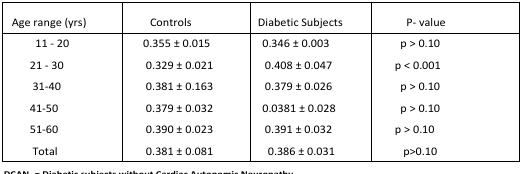
<table><thead><tr><td><b>Age range (yrs)</b></td><td><b>Controls</b></td><td><b>Diabetic Subjects</b></td><td><b>P-value</b></td></tr></thead><tbody><tr><td>11 –20</td><td>0.355 ± 0.015</td><td>0.346 ± 0.003</td><td>p &gt; 0.10</td></tr><tr><td>21 –30</td><td>0.329 ± 0.021</td><td>0.408 ± 0.047</td><td>p &lt; 0.001</td></tr><tr><td>31–40</td><td>0.381 ± 0.163</td><td>0.379 ± 0.026</td><td>p &gt; 0.10</td></tr><tr><td>41–50</td><td>0.379 ± 0.032</td><td>0.0381 ± 0.028</td><td>p &gt; 0.10</td></tr><tr><td>51–60</td><td>0.390 ± 0.023</td><td>0.391 ± 0.032</td><td>p &gt; 0.10</td></tr><tr><td>Total</td><td>0.381 ± 0.081</td><td>0.386 ± 0.031</td><td>p&gt;0.10</td></tr></tbody></table>